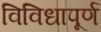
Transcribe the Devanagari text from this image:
विविधापूर्ण